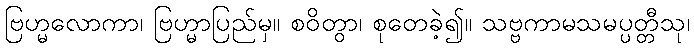
ဗြဟ္မလောကာ၊ ဗြဟ္မာပြည်မှ။ စဝိတွာ၊ စုတေခဲ့၍။ သဗ္ဗကာမသမပ္ပတ္တီသု၊